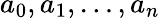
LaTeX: a_{0},a_{1},\ldots,a_{n}